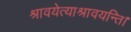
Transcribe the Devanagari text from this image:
श्रावयेत्याश्रावयन्ति।